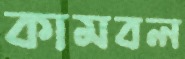
কামবল